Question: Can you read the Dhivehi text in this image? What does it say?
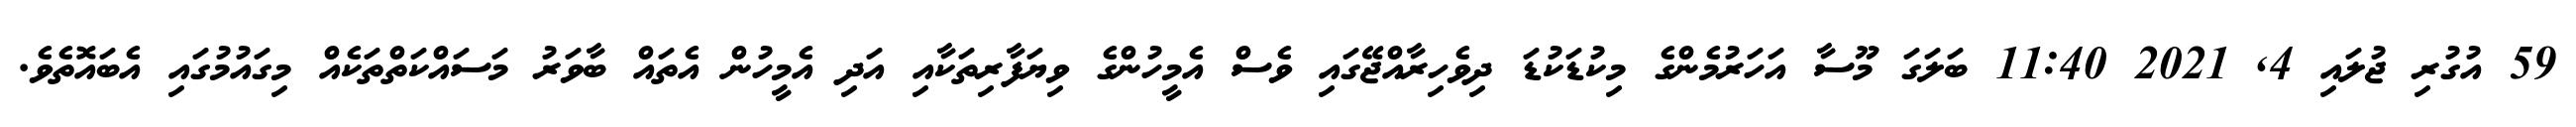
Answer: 59 އުގުރި ޖުލައި 4, 2021 11:40 ބަލަގަ މޫސާ އަހަރުމެންގެ މިކުޑަކުޑަ ދިވެހިރާއްޖޭގައި ވެސް އެމީހުންގެ ވިޔަފާރިތަކާއި އަދި އެމީހުން އެތައް ބާވަރު މަސައްކަތްތަކެއް މިގައުމުގައި އެބައޮތެވެ.